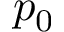
p _ { 0 }